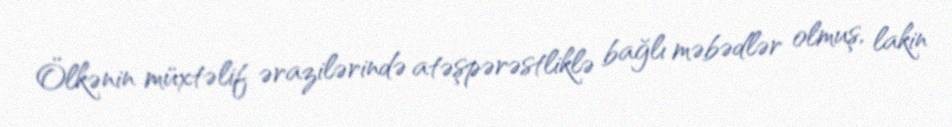
Ölkənin müxtəlif ərazilərində atəşpərəstliklə bağlı məbədlər olmuş, lakin